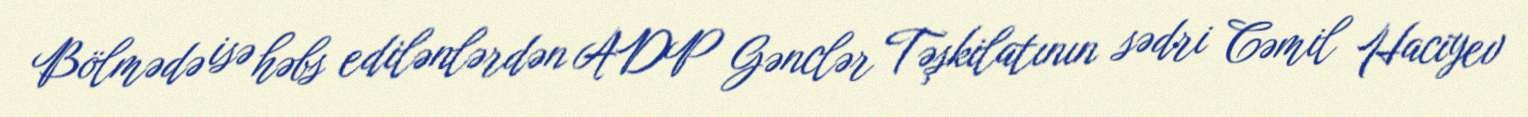
Bölmədə isə həbs edilənlərdən ADP Gənclər Təşkilatının sədri Cəmil Haciyev